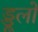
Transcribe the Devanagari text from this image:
ड्डूलों